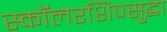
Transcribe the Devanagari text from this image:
स्कॉलरशिपसुद्धा